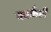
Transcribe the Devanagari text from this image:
वर्क्कलै